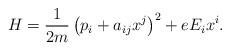
LaTeX: \begin{align*} H = \frac{1}{2m}\left(p_i+a_{ij}x^j\right)^2 + eE_{i}x^i.\end{align*}